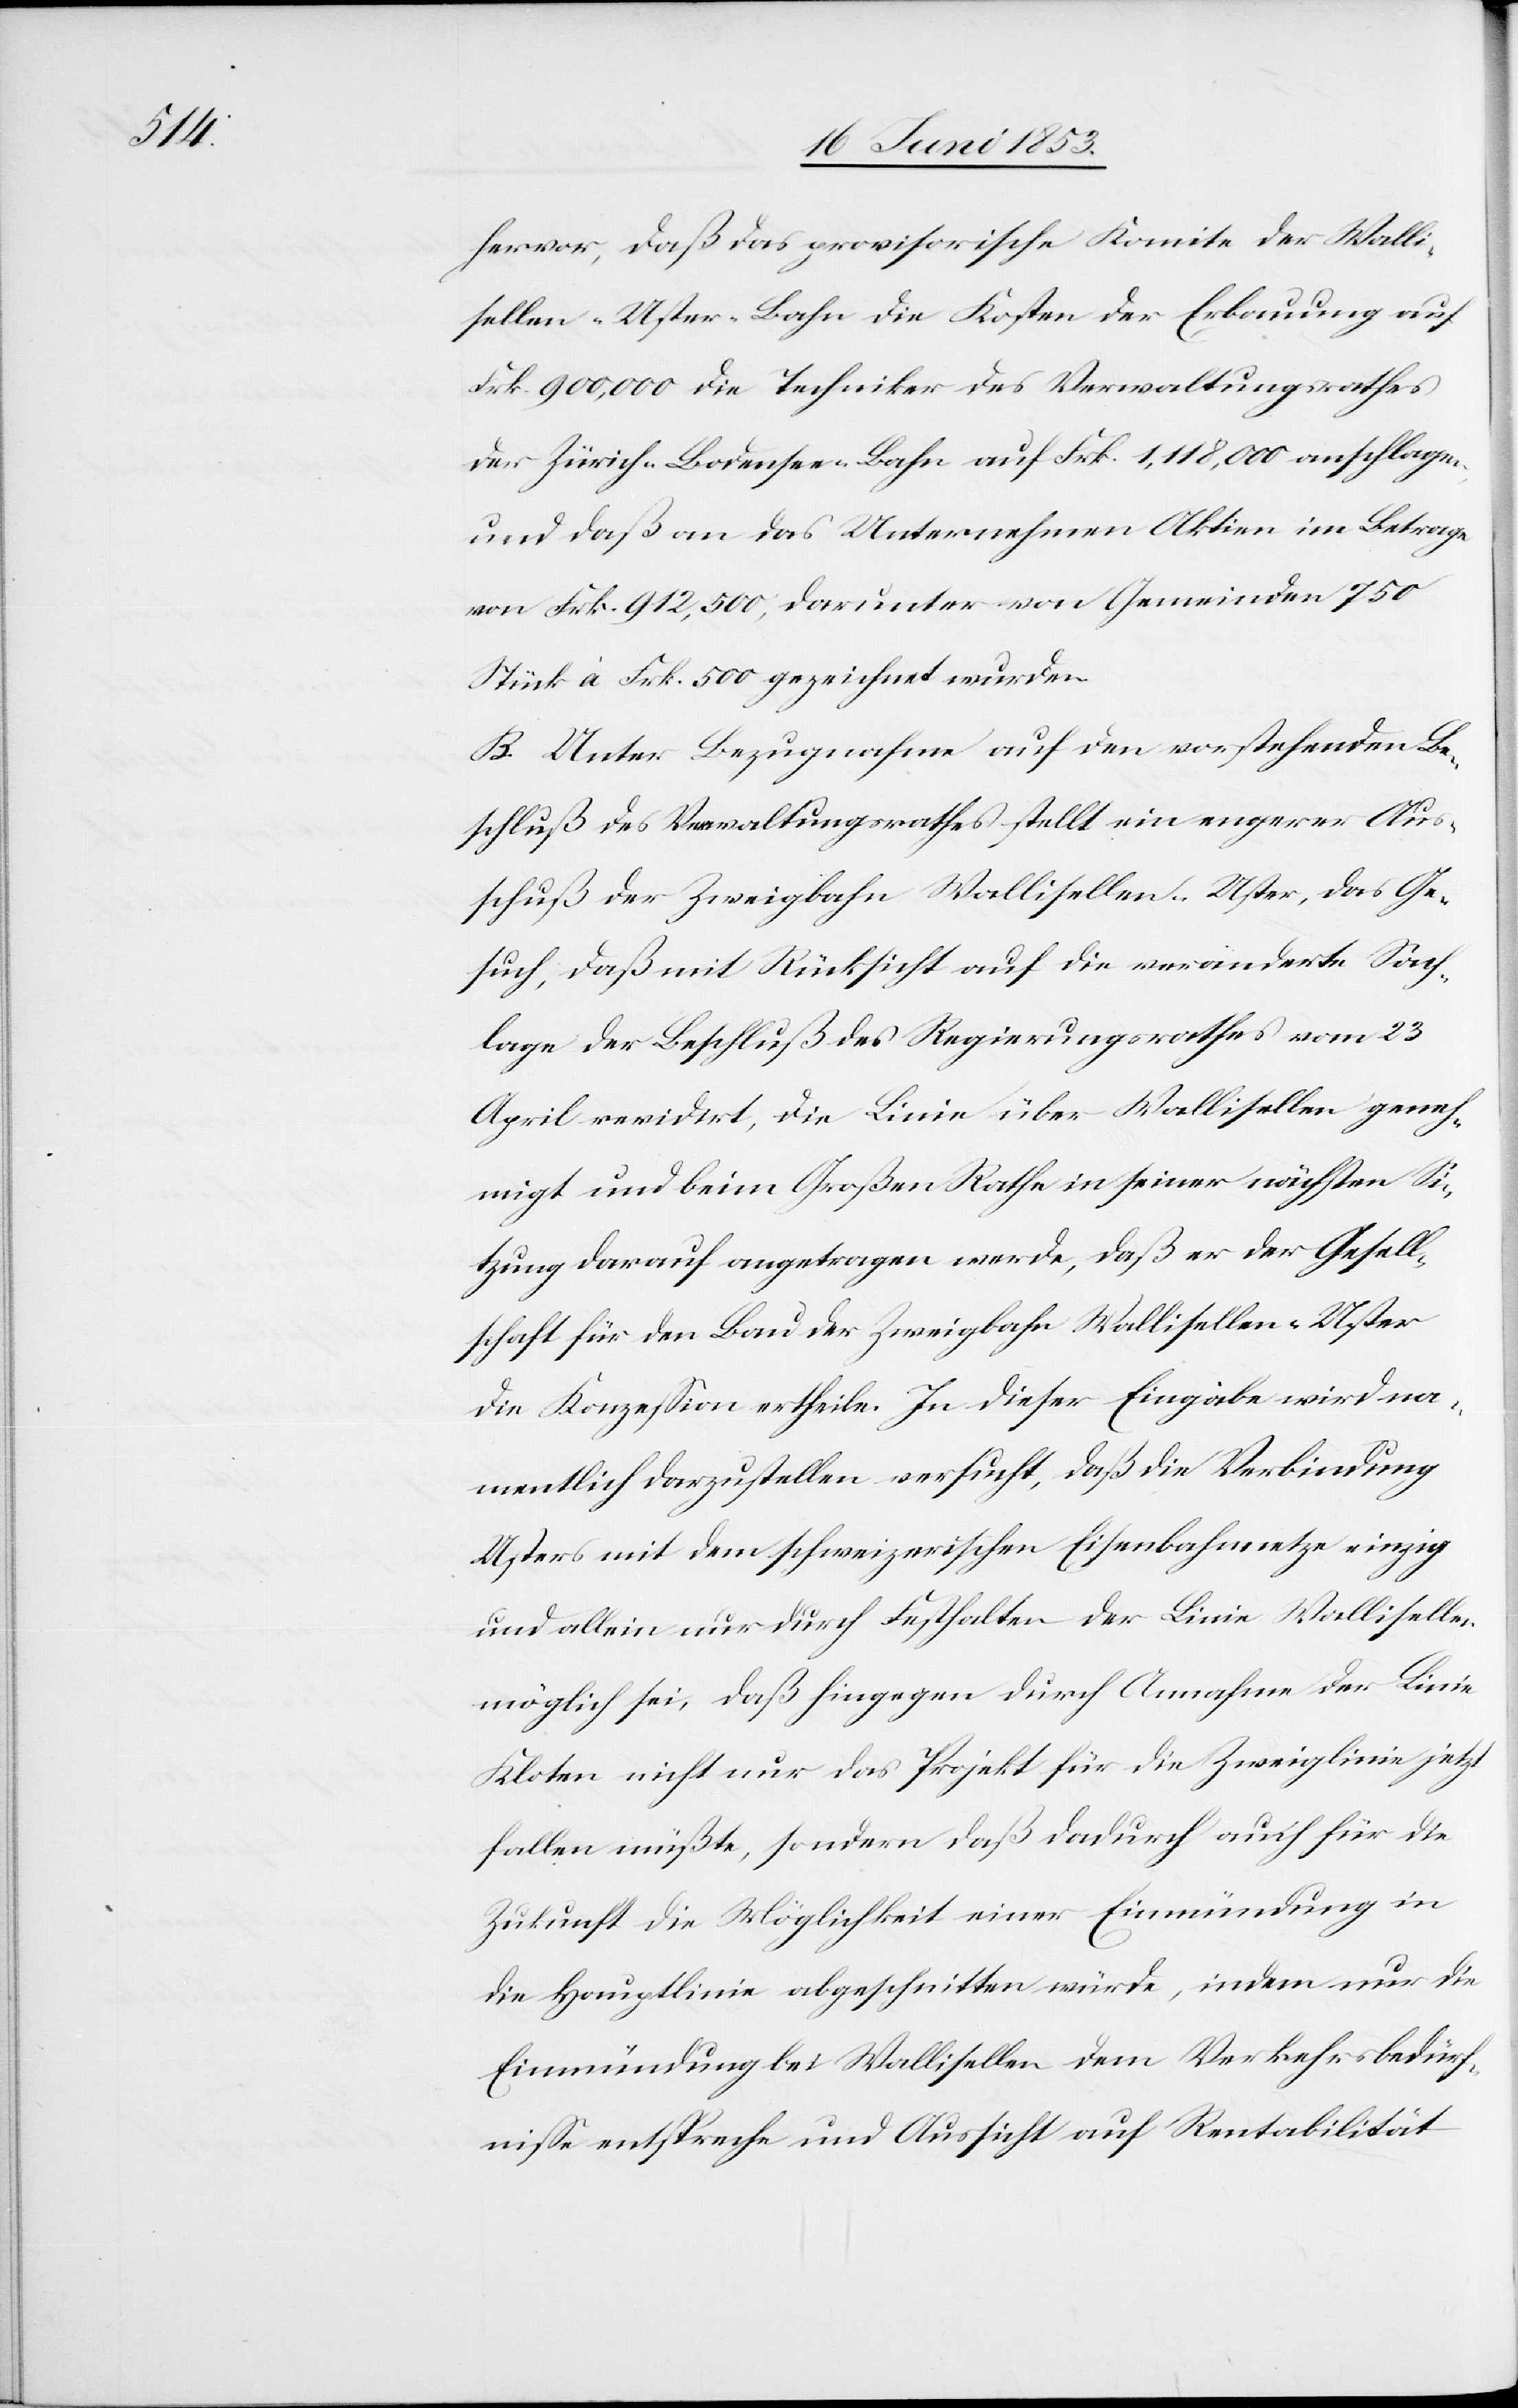
hervor, daß das provisorische Komite der Walli¬
sellen-Uster-Bahn die Kosten der Erbauung auf
Frk. 900,000 die Techniker des Verwaltungsrathes
der Zürich-Bodensee-Bahn auf Frk. 1,118,000 angeschlagen
und daß an das Unternehmen Aktien im Betrage
von Frk. 912,500, darunter von Gemeinden 750
Stück à Frk. 500 gezeichnet wurden.
B. Unter Bezugnahme auf den vorstehenden Be¬
schluß des Verwaltungsrathes stellt ein engerer Aus¬
schuß der Zweigbahn Wallisellen-Uster, das Ge¬
such, daß mit Rücksicht auf die veränderte Sach¬
lage der Beschluß des Regierungsrathes vom 23
April revidirt, die Linie über Wallisellen geneh¬
migt und bei dem Großen Rathe in seiner nächsten Si¬
tzung darauf angetragen werde, daß er der Gesell¬
schaft für den Bau der Zweigbahn Wallisellen-Uster
die Konzeßion ertheile. In dieser Eingabe wird na¬
mentlich darzustellen versucht, daß die Verbindung
Usters mit dem schweizerischen Eisenbahngesetze einzig
und allein nur durch Festhalten der Linie Wallisellen
möglich sei, daß hingegen durch Annahme der Linie
Kloten nicht nur das Projekt für die Zweiglinie jetzt
fallen müßte, sondern, daß dadurch auch für die
Zukunft die Möglichkeit einer Einmündung in
die Hauptlinie abgeschnitten würde, indem nur die
Einmündung bei Wallisellen dem Verkehrsbedürf¬
niße entspreche und Aussicht auf Rentabilität